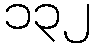
၁၃၂